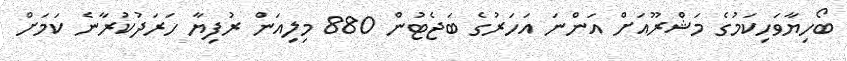
ބޯހިޔާވަހިކަމުގެ މަޝްރޫއަށް އަންނަ އަހަރުގެ ބަޖެޓުން 880 މިލިއަން ރުފިޔާ ހަރަދުކުރާނެ ކަމަށް